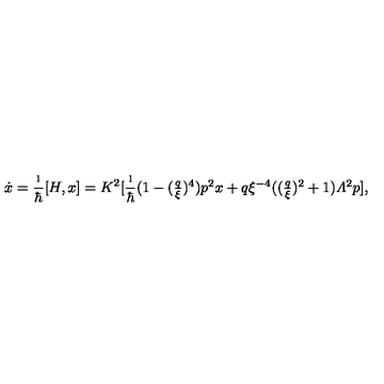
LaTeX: \dot { x } = \frac { \i } { \hbar } [ H , x ] = K ^ { 2 } [ \frac { \i } { \hbar } { \textstyle ( 1 - ( \frac { q } { \xi } ) ^ { 4 } ) p ^ { 2 } x + q \xi ^ { - 4 } ( ( \frac { q } { \xi } ) ^ { 2 } + 1 ) { \mit \Lambda } ^ { 2 } p } ] ,